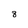
Character: 8